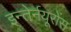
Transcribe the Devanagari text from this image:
इन्तेर्नयूरोंस